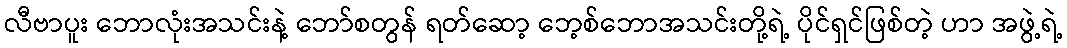
လီဗာပူး ဘောလုံးအသင်းနဲ့ ဘော်စတွန် ရတ်ဆော့ ဘေ့စ်ဘောအသင်းတို့ရဲ့ ပိုင်ရှင်ဖြစ်တဲ့ ဟာ အဖွဲ့ရဲ့